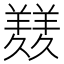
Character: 𦏇